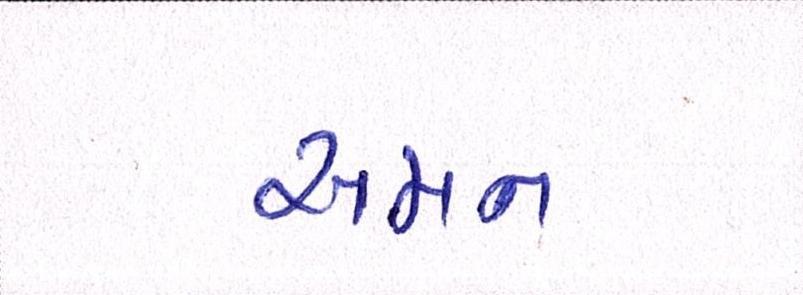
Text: અમન